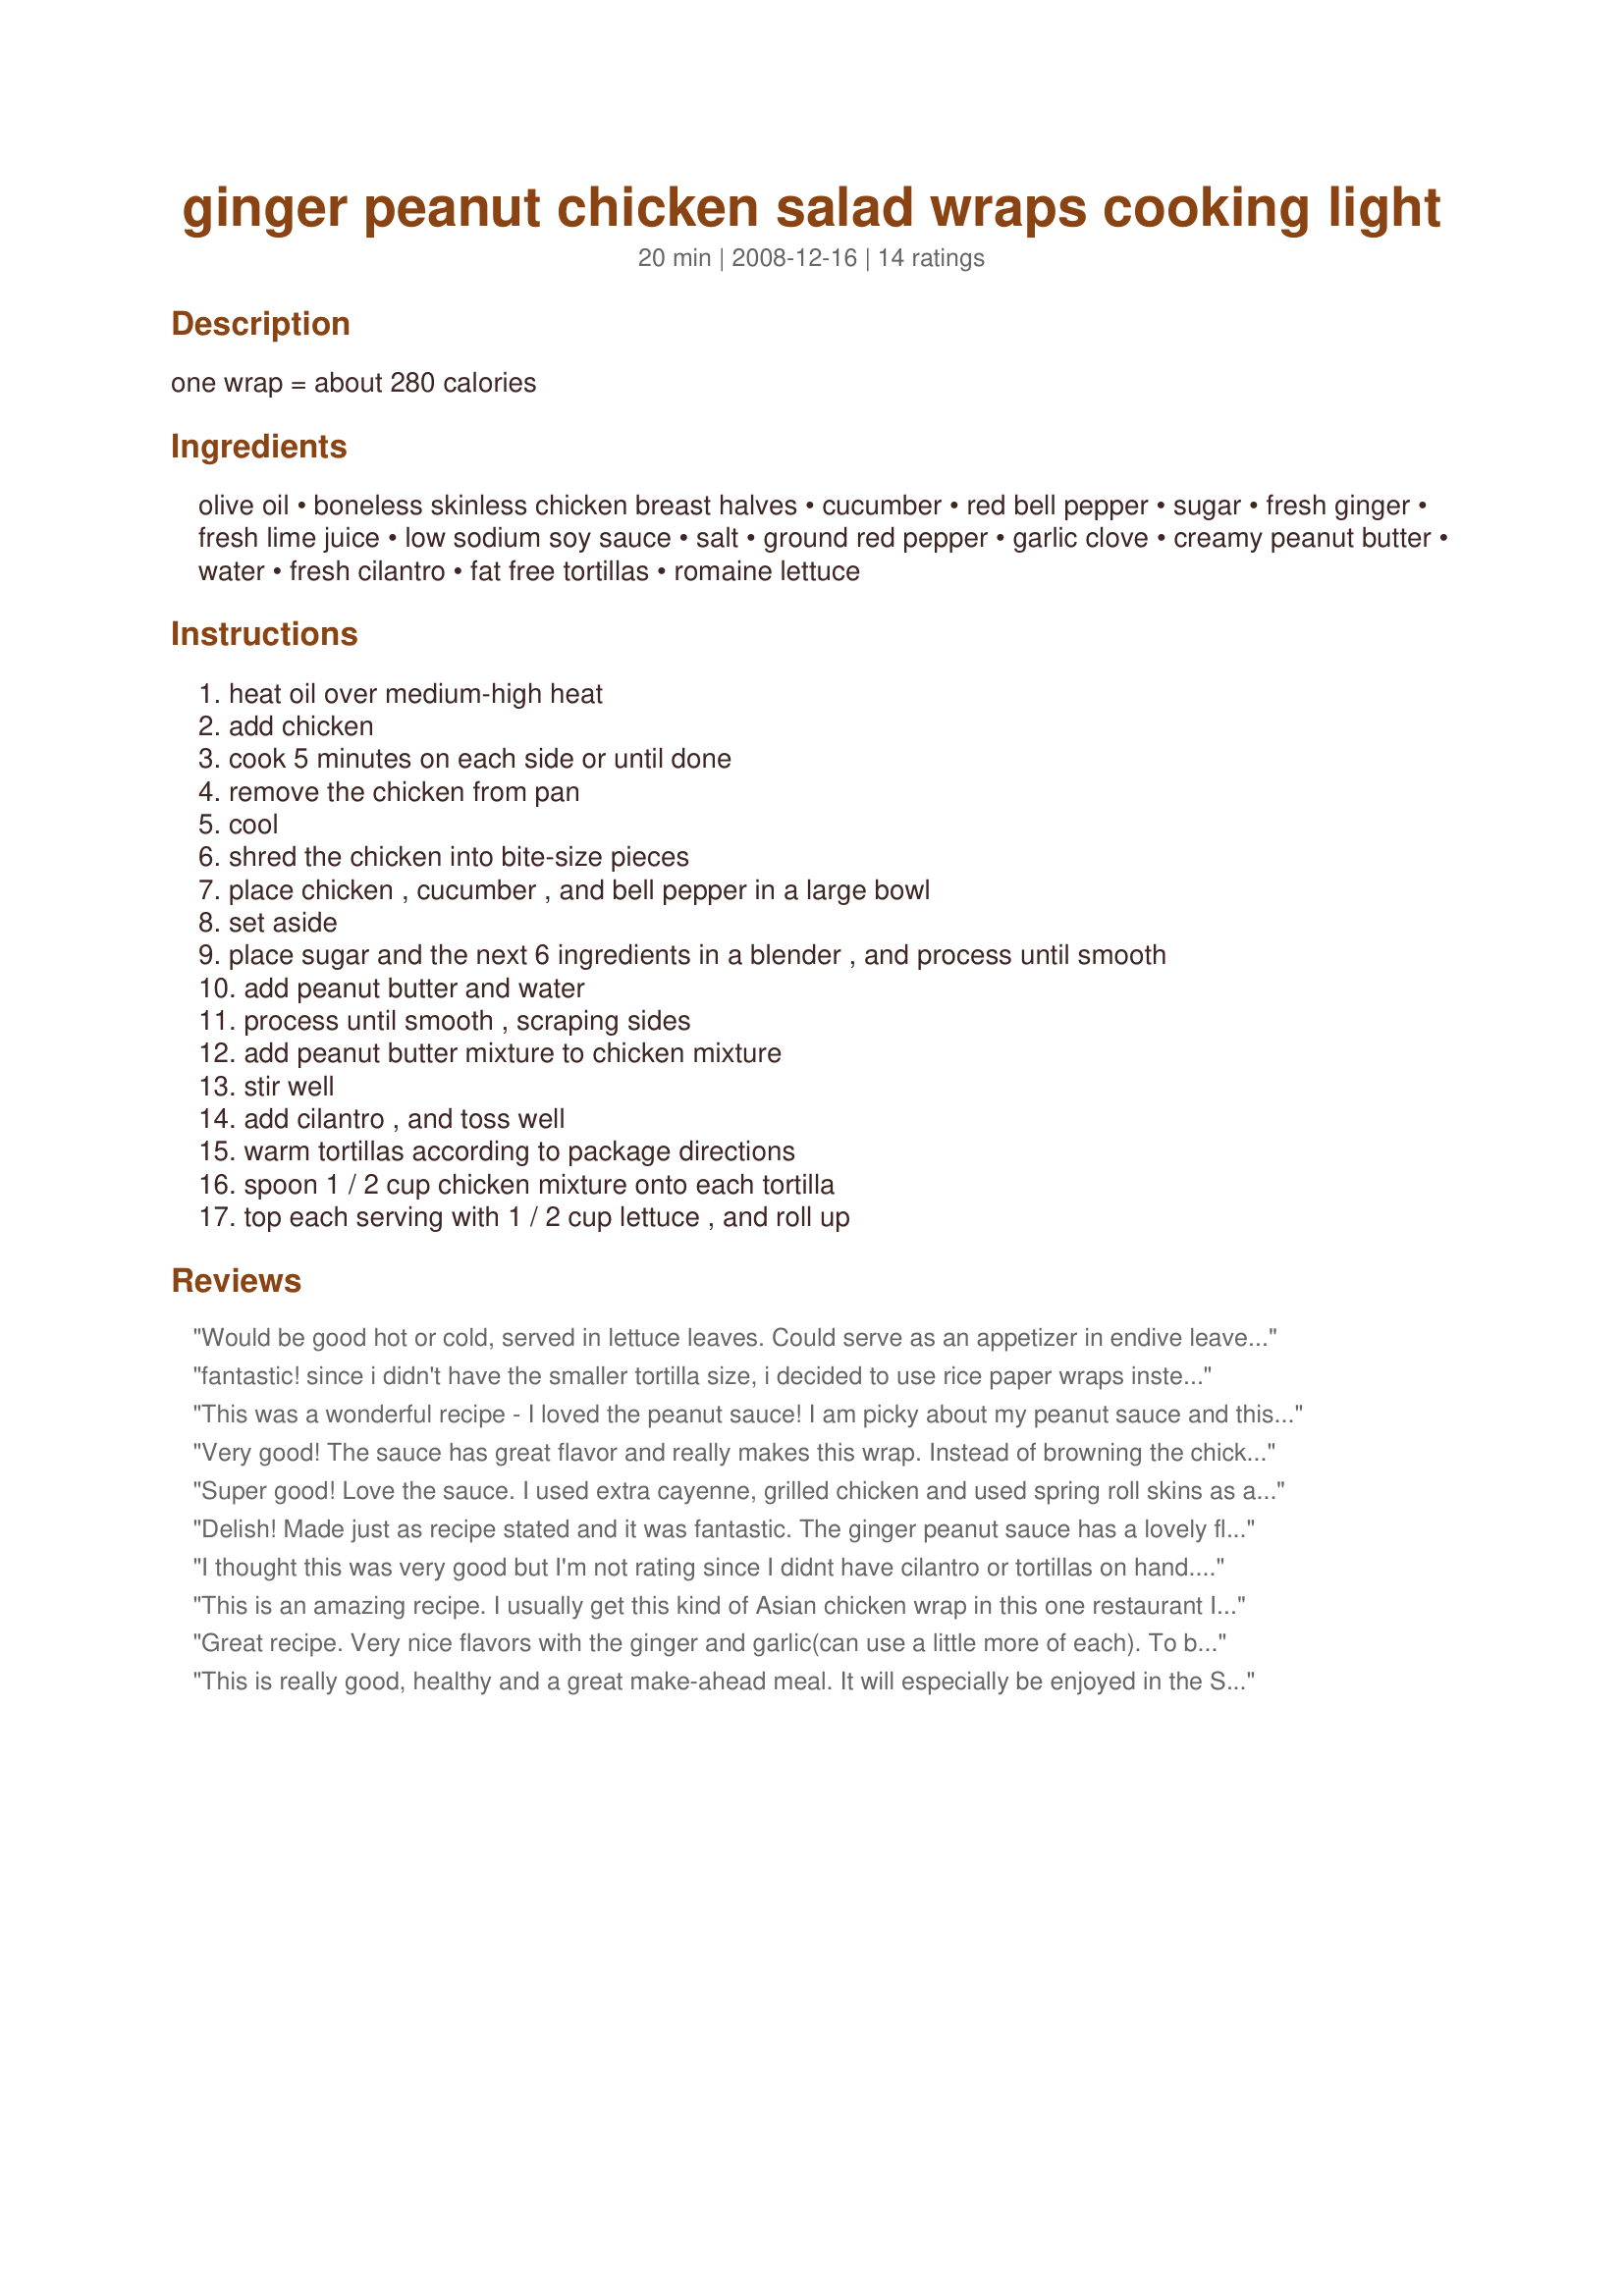
ginger peanut chicken salad wraps cooking light
Preparation time: 20 minutes

one wrap = about 280 calories

Ingredients:
olive oil, boneless skinless chicken breast halves, cucumber, red bell pepper, sugar, fresh ginger, fresh lime juice, low sodium soy sauce, salt, ground red pepper, garlic clove, creamy peanut butter, water, fresh cilantro, fat free tortillas, romaine lettuce

Steps:
heat oil over medium-high heat, add chicken, cook 5 minutes on each side or until done, remove the chicken from pan, cool, shred the chicken into bite-size pieces, place chicken , cucumber , and bell pepper in a large bowl, set aside, place sugar and the next 6 ingredients in a blender , and process until smooth, add peanut butter and water, process until smooth , scraping sides, add peanut butter mixture to chicken mixture, stir well, add cilantro , and toss well, warm tortillas according to package directions, spoon 1 / 2 cup chicken mixture onto each tortilla, top each serving with 1 / 2 cup lettuce , and roll up

Reviews:
Would be good hot or cold, served in lettuce leaves. Could serve as an appetizer in endive leaves ... would be great over rice. No matter how you serve it, this stuff is delicious!
fantastic! since i didn't have the smaller tortilla size, i decided to use rice paper wraps instead which cuts down on calories alot as well. They were sooo good. Will make it again and again
This was a wonderful recipe - I loved the peanut sauce! I am picky about my peanut sauce and this has turned out to be one of my favorites. My fresh ginger had gone bad so I was forced to use the powdered kind. I can't wait to try it with the fresh. This is one of those versatile recipes that works with whatever you've got in your fridge.<br/>I am vegetarian so instead of the chicken I used Quorn chicken-like unbreaded tenders, but I think it would be just as good with veggies alone. <br/>I am on a diet so while I did have one small tortilla I also put some of the filling into a leaf of red leaf lettuce. Yummy!<br/>Thanks for the great recipe!
Very good! The sauce has great flavor and really makes this wrap. Instead of browning the chicken in oil, I just cooked the chicken in a skillet with a little water. Made for PRMR.
Super good! Love the sauce. I used extra cayenne, grilled chicken and used spring roll skins as another reviewer had tried. Turned out great! I think you could add all sorts of extra veggies to mix it up a little. I&#039;m looking forward to keeping some of this salad on hand in the fridge this Summer for a quick, light, healthy lunch or dinner. Thanks for posting the recipe!
Delish! Made just as recipe stated and it was fantastic. The ginger peanut sauce has a lovely flavor. This could also be served on a bed of lettuce. Made for beverage tag. Another keeper, seesko.
I thought this was very good but I'm not rating since I didnt have cilantro or tortillas on hand. Instead I served over brown rice. My husband does not care for fresh red pepper so I added sliced radishes and raw red cabbage to the cucumber/chicken mix. I thought that was great! The sauce tastes great. The recipe is very versatile - serve over rice, in a wrap, in a salad, rice noodles etc. I will be making again!! I especially love that its a healthy recipe!
This is an amazing recipe. I usually get this kind of Asian chicken wrap in this one restaurant I frequent, but now I can make my own. Thanks for sharing!
Great recipe. Very nice flavors with the ginger and garlic(can use a little more of each). To be even healthier make them into lettuce wraps and ditch the tortillas!
This is really good, healthy and a great make-ahead meal. It will especially be enjoyed in the Summer, when I don't want to heat up the kitchen. I used a different peanut sauce, but loved the ingredients put together in this recipe. I also added some shredded cabbage. Carrots and pea pods would be another great addition - maybe even some diced water chestnuts. Next time I will try to cut everything in smaller pieces - like a chopped salad. Something about the chopped salad just tastes better to me and I think the same would be true of smaller chopped ingredients in this salad too. Thanks for sharing!
I had a similar recipe that I couldn&#039;t find and so I tried this. I would like to try it again when I am not so worried about making something kid-friendly (my other recipe was kid friendly). Sometimes it&#039;s hard to tell just by the sauce if something is good... the sauce is made more mellow by mixing it with everything else.&lt;br/&gt;&lt;br/&gt;Anyway, when I was done making the sauce, I didn&#039;t feel it was kid-friendly. I modified it by adding 2 T. sugar, 1/4 cup peanut butter, 2 T water. The result is more kid friendly. 4 stars for now.&lt;br/&gt;&lt;br/&gt;Thanks : )&lt;br/&gt;&lt;br/&gt;Also, I made this ahead and I added 2 more tablespoons of water before mixing it with the salad... 1 might have been better... but it needed a little better to help with mixing. Everyone loved it except the youngest children.
I made this on sunday for my lunches for the week. I added extra lettuce and cucumber. Must make this!
I made this for dinner along with some home-made baked french fries. It was delicious! I wish I would have doubled the recipe. Thanks for posting this one!
I eat at this one restaurant for their Satay Ayam (Chicken with Peanut Sauce). It's the most amazing peanut sauce, which I've never been able to replicate. BUT after making this, I think I've found the sauce (or something very similar)! This was AMAZING!!! My absolute favorite peanut sauce from now on. 

I made this for my vegan boyfriend, so I did not use chicken and instead substituted fried tofu. Also, I did not have lime juice, so I used lemon. My blender was not working, so I stirred by hand. Everything turned out delicious!! It's quite filling and so divine! Plus it's SO easy to make! This is definitely a keeper and will be making this over and over again.
